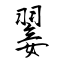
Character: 翣